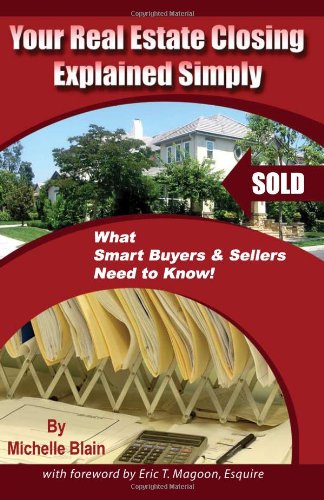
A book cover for Your Real Estate Closing Explained Simply: What Smart Buyers & Sellers Need to Know; Michelle Blain; Business & Money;